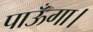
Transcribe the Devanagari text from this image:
पाऊँगा।